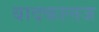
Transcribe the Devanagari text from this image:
बादकालज